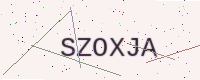
Text: SZOXJA